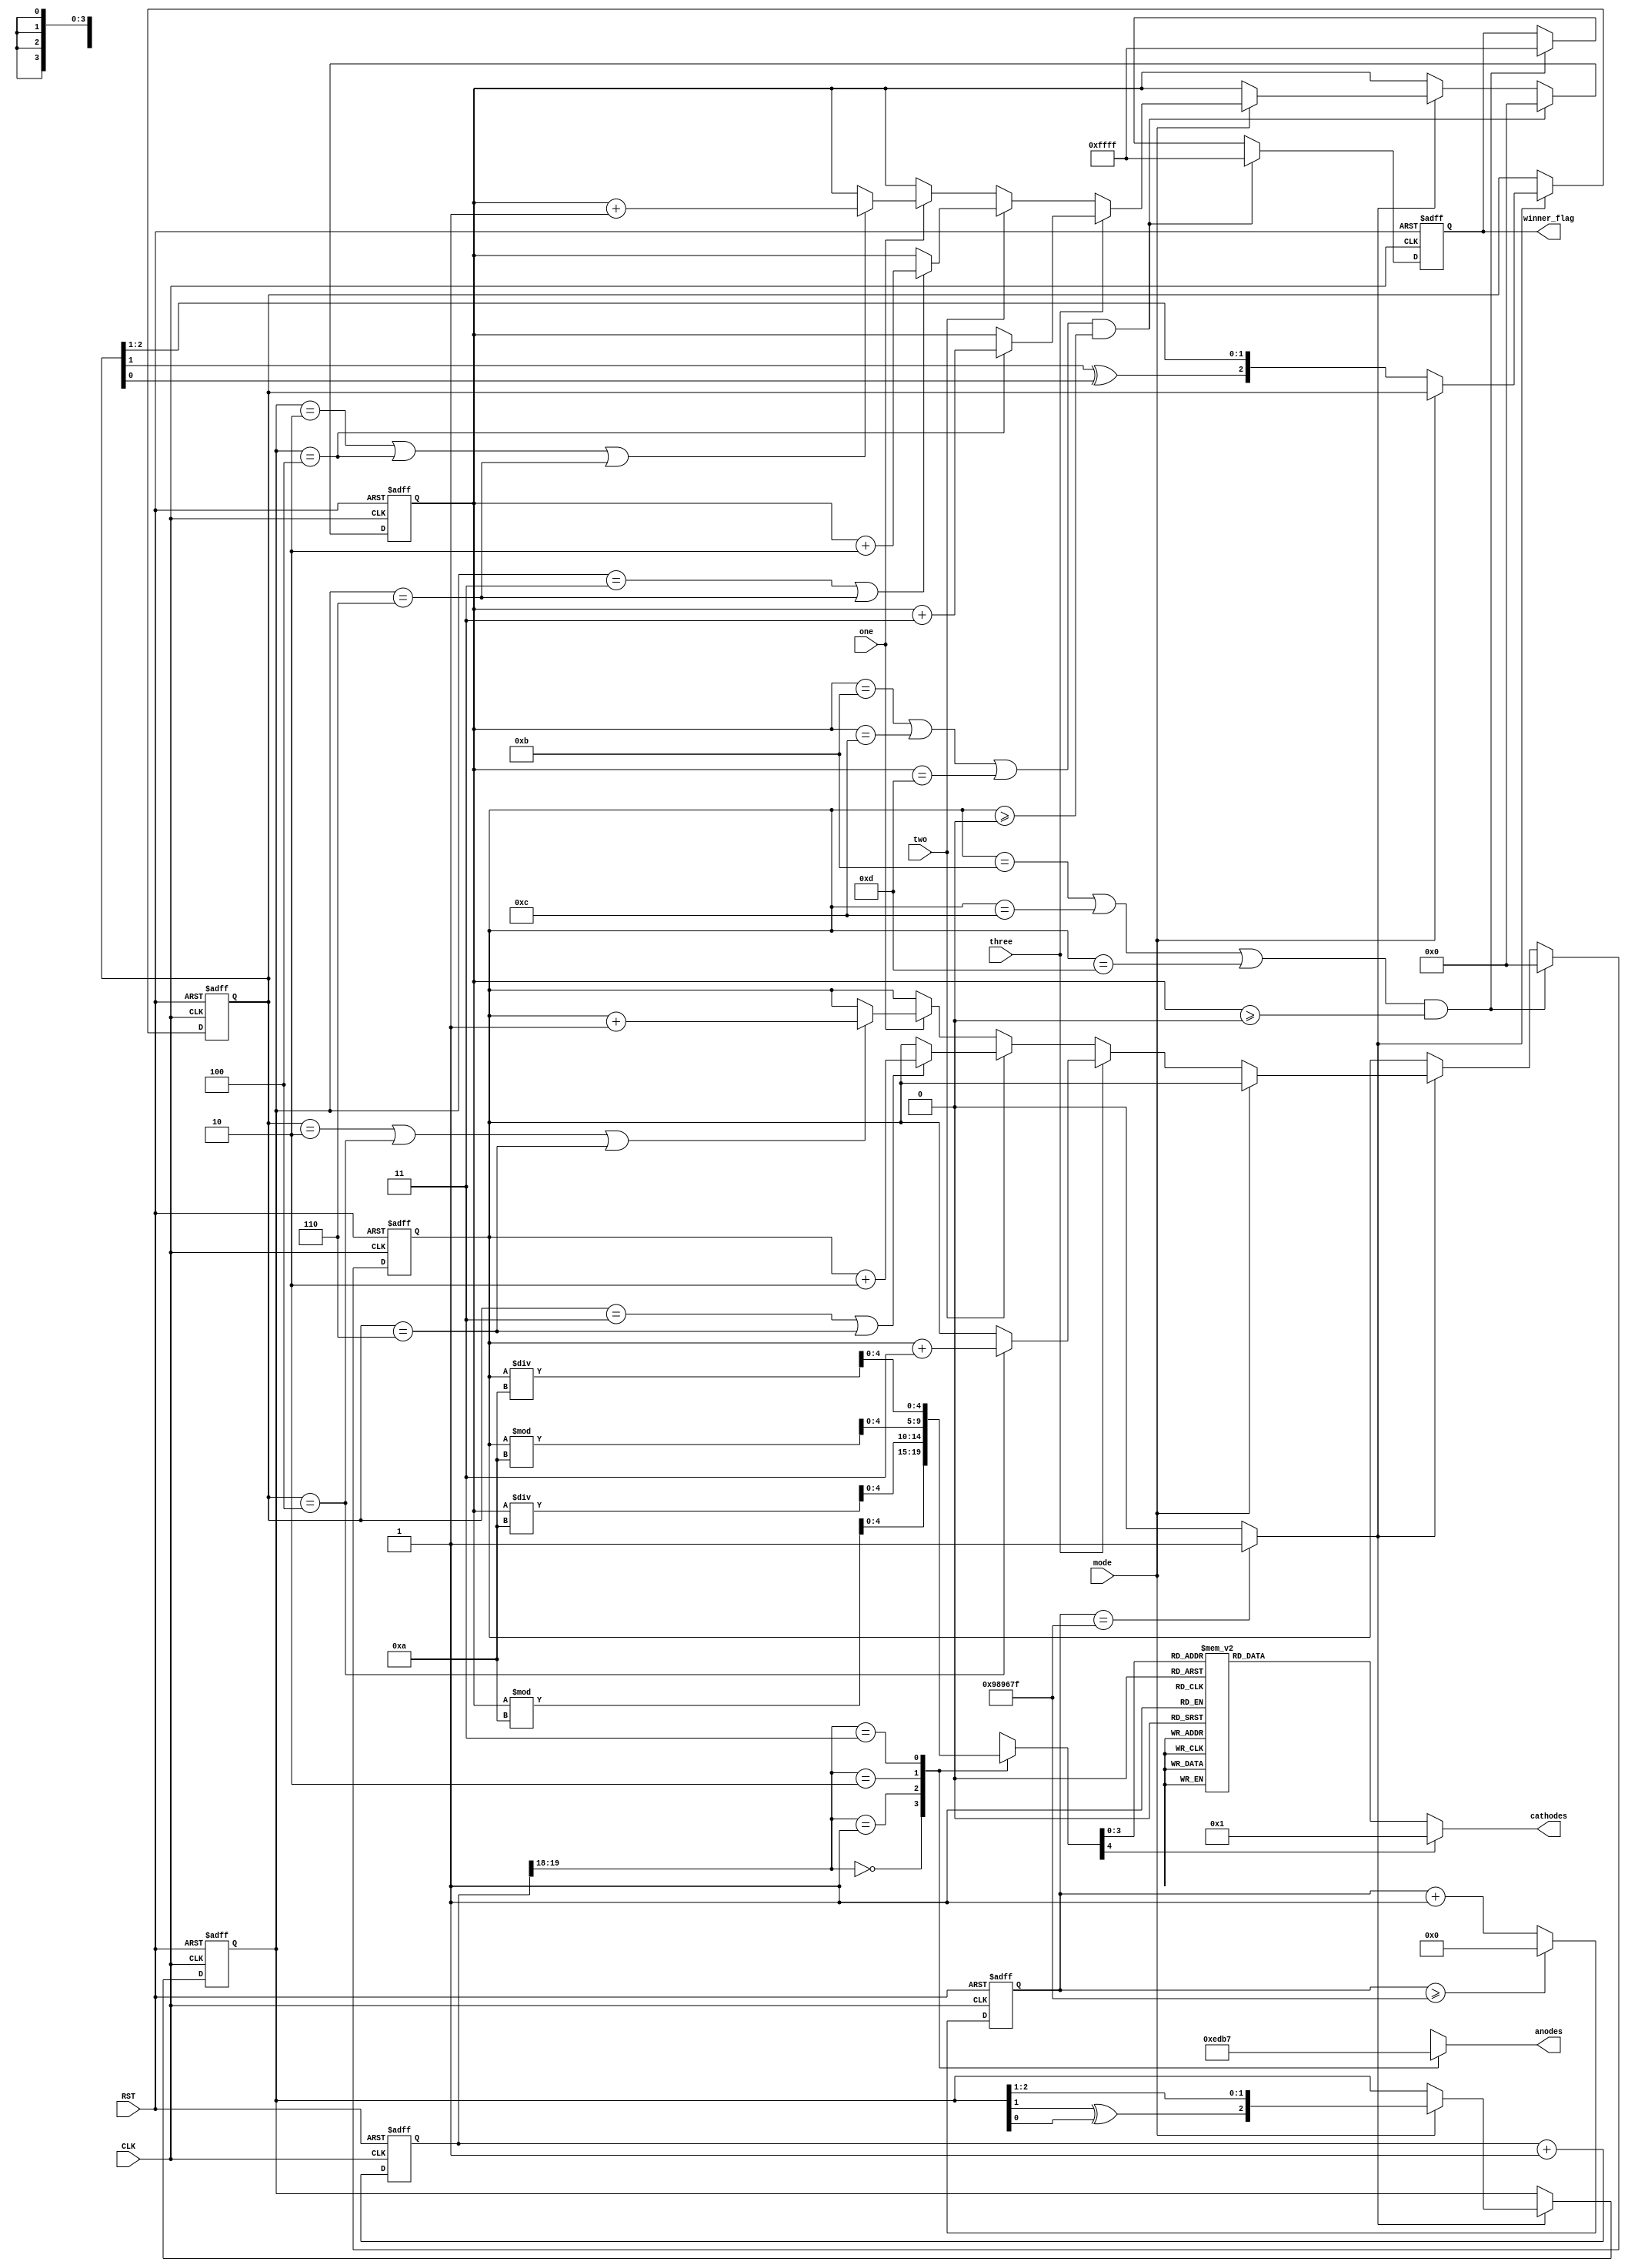
`timescale 1ns / 1ps

module random_logic #(parameter WL = 4)
                     (input RST, CLK, mode, // Control signals
                      one, two, three, // Scoring signals
                      output reg [3:0] anodes, // 4-digit anodes control
                      output reg [6:0] cathodes, // 7-segment cathodes control
                      output reg [15:0] winner_flag // 16-bit LEDs for winner indication
                      );
             
   // Finite-state Machine for Binary Coded Decimal Decoder               
   localparam ZERO =  0, ONE = 1, TWO = 2, THREE = 3, 
              FOUR = 4, FIVE = 5, SIX = 6, SEVEN = 7, 
              EIGHT = 8, NINE = 9;
           
   //-----------------Random Logic Variables-----------------         
   reg [WL-2:0] p1_seed = 3'b001; // P1 random seed
   reg [WL-2:0] p2_seed = 3'b111; // P2 random seed
   reg [WL-2:0] p1_temp = 0; // P1 placeholder for LFSR & XOR
   reg [WL-2:0] p2_temp = 0; // P2 placeholder for LFSR & XOR
   reg [WL-1:0] p1_total, p2_total; //P1&P2 current points counters
   
   //-----------------BCD Decoder Variables-----------------                 
   reg [26:0] clk_counter; //Clock counter up to one tenth of a second (one second is '100,000,000')
   wire tenth_second_flag; //One tenth of a second flag || '10,000,000' or hit '9,999,999'
   wire [1:0] LED_activate; // LED digit select flag (2-bit for 4 LEDs)
   reg [WL:0] total_select; // Selecting which digit to display
   reg [19:0] refresh_period; //20-bit for 10.5 ms refresh period => 2.6 ms each digit
   
   // Clock counter: will count up to one tenth of a second and reset 
   always @(posedge CLK or posedge RST) begin
   if (RST) clk_counter <= 0;
   else begin
        if(clk_counter >= 9999999) clk_counter <= 0;
        else clk_counter = clk_counter + 1'b1;
        end
   end
   
   // When the clock hits one tenth of a second,this flag is raised!
   assign tenth_second_flag = (clk_counter == 9999999) ? 1'b1 : 1'b0;
  
  //Seeds XORing and Points Checking
    always @(posedge CLK or posedge RST) begin
    if (RST) begin 
        p1_total <= 0; // Player 1 total points counter reset
        p2_total <= 0; // Player 2 total points counter reset
        p1_temp <= p1_seed; // 001
        p2_temp <= p2_seed; // 111
        winner_flag <= 16'h0000; // LEDs reset
        end
    else begin
        if(tenth_second_flag)begin // When the one tenth of a second flag is raised
            if(mode == 0) begin // Player 1
            p1_temp <= {p1_temp[1] ^ p1_temp[0], p1_temp[2], p1_temp[1]}; // XOR & right shifting 
                if(one) begin
                    if(p1_temp == 3'b010 || p1_temp == 3'b100 || p1_temp == 3'b110) begin // if 2,4,6
                        p1_total <= p1_total + 1'b1; end // Rewards 1 point
                        else p1_total <= p1_total; end // If not matched => current points stay the same
                if(two) begin
                    if(p1_temp == 3'b011 || p1_temp == 3'b110) begin //if 3,6
                        p1_total <= p1_total + 2'b10; end // Rewards 2 points
                        else p1_total <= p1_total; end // If not matched => current points stay the same
                if(three) begin
                    if(p1_temp == 3'b100) begin // if 4
                        p1_total <= p1_total + 2'b11; end // Rewards 3 points
                        else p1_total <= p1_total; end // If not matched => current points stay the same
            end
            if(mode == 1) begin // Player 2
            p2_temp <= {p2_temp[1] ^ p2_temp[0], p2_temp[2], p2_temp[1]}; // XOR & right shifting  
                if(one) begin
                    if(p2_temp == 3'b010 || p2_temp == 3'b100 || p2_temp == 3'b110) begin // if 2,4,6
                        p2_total <= p2_total + 1'b1; end // Reward 1 point
                        else p2_total <= p2_total; end // If not matched => current points stay the same
                if(two) begin
                    if(p2_temp == 3'b011 || p2_temp == 3'b110) begin //if 3,6
                        p2_total <= p2_total + 2'b10; end // Reward 2 points
                        else p2_total <= p2_total; end // If not matched => current points stay the same
                if(three) begin
                    if(p2_temp == 3'b100) begin // if 4
                        p2_total <= p2_total + 2'b11; end // Reward 3 points
                        else p2_total <= p2_total; end // If not matched => current points stay the same
             end       
        end
        // If total points reach 11,12 or 13 => points reset & all 16 LEDS light up!
        if((p1_total == 11 || p1_total == 12 || p1_total == 13) && (p2_total >=0)) begin
             p1_total <= 0; 
             winner_flag <= 16'hffff; 
             end
        if((p2_total == 11 || p2_total == 12 || p2_total == 13) && (p1_total >=0)) begin 
             p2_total <= 0; 
             winner_flag <= 16'hffff; 
             end     
        end
    end
    
    // Period Refreshing for 4 digits
    always @(posedge CLK or posedge RST) begin
    if (RST) refresh_period <= 0;
    else begin
        refresh_period = refresh_period + 1;
        end
    end

    assign LED_activate = refresh_period[19:18]; // Digit select flag
    
    // Each digit will take turn to assign a value to display
    always @(*) begin
        case(LED_activate)
        2'b00: begin
                anodes = 4'b1110; // First digit: 0-9
                total_select <= p2_total % 10; 
                end     
        2'b01: begin
                anodes = 4'b1101; // Second Digit 0-1
                total_select <= p2_total / 10; 
                end
        2'b10: begin
                anodes = 4'b1011; // Third Digit 0-9
                total_select <= p1_total % 10; 
                end
        2'b11: begin
                anodes = 4'b0111; // Fourth Digit 0-1
                total_select <= p1_total / 10; 
                end
        endcase
    end
    
    // Each digit will display according to its assign value
    always @(*) begin 
        case(total_select) 
            ZERO: cathodes = 7'b0000001; // Displaying 0 (4'b0000)
            ONE: cathodes = 7'b1001111; // Displaying 1 (4'b0001)
            TWO: cathodes = 7'b0010010; // Displaying 2 (4'b0010)
            THREE: cathodes = 7'b0000110; // Displaying 3 (4'b0011)
            FOUR: cathodes = 7'b1001100; // Displaying 4 (4'b0100)
            FIVE: cathodes = 7'b0100100; // Displaying 5 (4'b0101)
            SIX: cathodes = 7'b0100000; // Displaying 6 (4'b0110)
            SEVEN: cathodes = 7'b0001111; // Displaying 7 (4'b0111)
            EIGHT: cathodes = 7'b0000000; // Displaying 8 (4'b1000)
            NINE: cathodes = 7'b0000100; // Displaying 9 (4'b1001)
            default: cathodes = 7'b0000001; // Displaying 0 (4'b0000)
        endcase
    end
               
endmodule